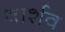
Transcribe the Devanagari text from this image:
वार्शव